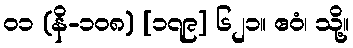
၀၁ (နိ-၁၀၈) [၁၇၉] ၆၂၁။ ဧဝံ၊ သို့။